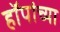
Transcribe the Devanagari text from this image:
हॉपांच्या